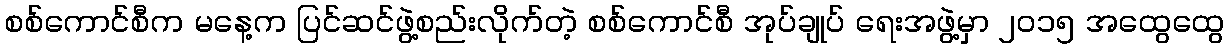
စစ်ကောင်စီက မနေ့က ပြင်ဆင်ဖွဲ့စည်းလိုက်တဲ့ စစ်ကောင်စီ အုပ်ချုပ် ရေးအဖွဲ့မှာ ၂၀၁၅ အထွေထွေ